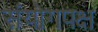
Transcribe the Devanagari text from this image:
संयोगपक्ष